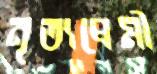
নৃত্যপ্রেমী